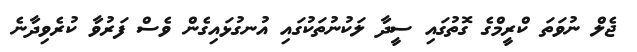
ޖެލް ނުވަތަ ކްރީމްގެ ގޮތުގައި ސީދާ ލަކުނުތަކުގައި އުނގުޅައިގެން ވެސް ފަރުވާ ކުރެވިދާނެ